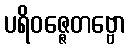
ပရိဝဇ္ဇေတဗ္ဗော